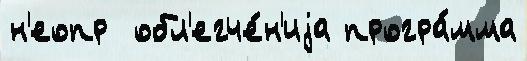
н'еопр  обл'егче́н'иjа програ́мма